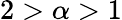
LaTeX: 2>\alpha>1